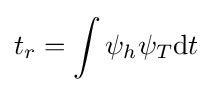
t_{r}=\int \psi _{h}\psi _{T}{\mbox{d}}t